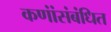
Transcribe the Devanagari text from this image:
कणांंसंबंधित